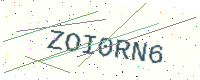
Text: ZOI0RN6